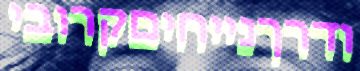
ודרךנייחיםקרובי